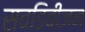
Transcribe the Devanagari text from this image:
सवडिवीजन